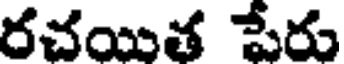
రచయిత పేరు